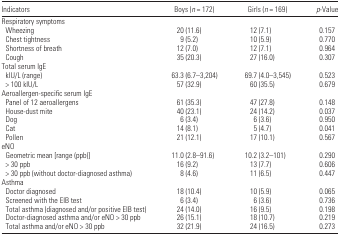
<table><thead><tr><td><b>Indicators</b></td><td><b>Boys (<i>n</i> = 172)</b></td><td><b>Girls (<i>n</i> = 169)</b></td><td><b><i>p</i>-Value</b></td></tr></thead><tbody><tr><td colspan="4">Respiratory symptoms</td></tr><tr><td> Wheezing</td><td>20 (11.6)</td><td>12 (7.1)</td><td>0.157</td></tr><tr><td> Chest tightness</td><td>9 (5.2)</td><td>10 (5.9)</td><td>0.770</td></tr><tr><td> Shortness of breath</td><td>12 (7.0)</td><td>12 (7.1)</td><td>0.964</td></tr><tr><td> Cough</td><td>35 (20.3)</td><td>27 (16.0)</td><td>0.307</td></tr><tr><td colspan="4">Total serum IgE</td></tr><tr><td> kIU/L (range)</td><td>63.3 (6.7–3,204)</td><td>69.7 (4.0–3,545)</td><td>0.523</td></tr><tr><td> &gt; 100 kIU/L</td><td>57 (32.9)</td><td>60 (35.5)</td><td>0.679</td></tr><tr><td colspan="4">Aeroallergen-specific serum IgE</td></tr><tr><td> Panel of 12 aeroallergens</td><td>61 (35.3)</td><td>47 (27.8)</td><td>0.148</td></tr><tr><td> House-dust mite</td><td>40 (23.1)</td><td>24 (14.2)</td><td>0.037</td></tr><tr><td> Dog</td><td>6 (3.4)</td><td>6 (3.6)</td><td>0.950</td></tr><tr><td> Cat</td><td>14 (8.1)</td><td>5 (4.7)</td><td>0.041</td></tr><tr><td> Pollen</td><td>21 (12.1)</td><td>17 (10.1)</td><td>0.567</td></tr><tr><td colspan="4">eNO</td></tr><tr><td> Geometric mean [range (ppb)]</td><td>11.0 (2.8–91.6)</td><td>10.2 (3.2–101)</td><td>0.290</td></tr><tr><td> &gt; 30 ppb</td><td>16 (9.2)</td><td>13 (7.7)</td><td>0.606</td></tr><tr><td> &gt; 30 ppb (without doctor-diagnosed asthma)</td><td>8 (4.6)</td><td>11 (6.5)</td><td>0.447</td></tr><tr><td colspan="4">Asthma</td></tr><tr><td> Doctor diagnosed</td><td>18 (10.4)</td><td>10 (5.9)</td><td>0.065</td></tr><tr><td> Screened with the EIB test</td><td>6 (3.4)</td><td>6 (3.6)</td><td>0.736</td></tr><tr><td> Total asthma (diagnosed and/or positive EIB test)</td><td>24 (14.0)</td><td>16 (9.5)</td><td>0.198</td></tr><tr><td> Doctor-diagnosed asthma and/or eNO &gt; 30 ppb</td><td>26 (15.1)</td><td>18 (10.7)</td><td>0.219</td></tr><tr><td> Total asthma and/or eNO &gt; 30 ppb</td><td>32 (21.9)</td><td>24 (16.5)</td><td>0.273</td></tr></tbody></table>